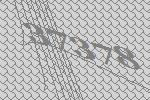
37378